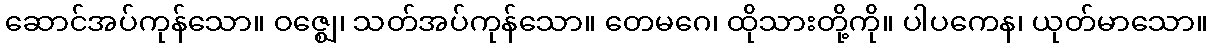
ဆောင်အပ်ကုန်သော။ ဝဇ္ဈေ၊ သတ်အပ်ကုန်သော။ တေမဂေ၊ ထိုသားတို့ကို။ ပါပကေန၊ ယုတ်မာသော။